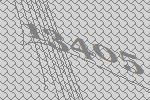
13405